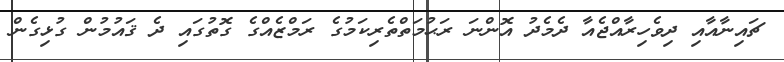
ޗައިނާއާއި ދިވެހިރާއްޖެއާ ދެމެދު އޮންނަ ރަޙުމަތްތެރިކަމުގެ ރަމްޒެއްގެ ގޮތުގައި ދެ ޤައުމުން ގުޅިގެން